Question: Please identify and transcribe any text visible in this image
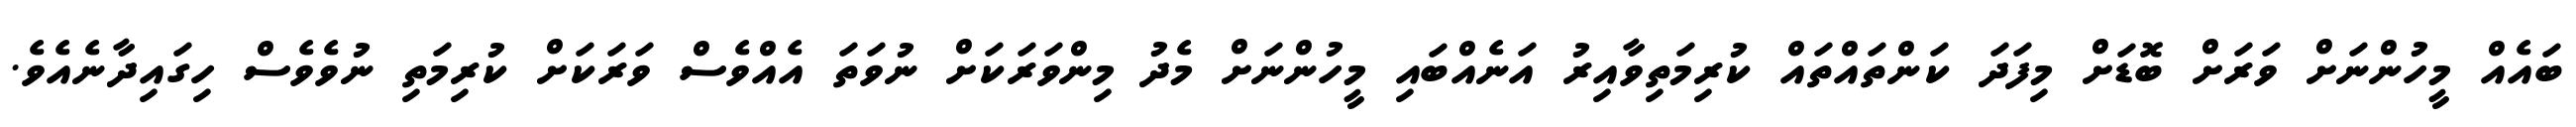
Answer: ބައެއް މީހުންނަށް ވަރަށް ބޮޑަށް މިފަދަ ކަންތައްތައް ކުރިމަތިވާއިރު އަނެއްބައި މީހުންނަށް މެދު މިންވަރަކަށް ނުވަތަ އެއްވެސް ވަރަކަށް ކުރިމަތި ނުވެވެސް ހިގައިދާނެއެވެ.